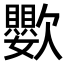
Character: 𣤵